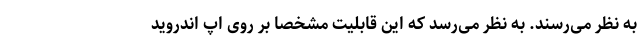
به نظر می‌رسند. به نظر می‌رسد که این قابلیت مشخصا بر روی اپ اندروید